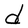
Character: d